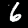
Label: 6